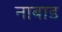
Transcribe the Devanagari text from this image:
नाबाड